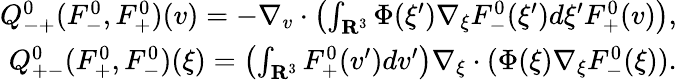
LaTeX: \begin{array}{r}{Q_{-+}^{0}(F_{-}^{0},F_{+}^{0})(v)=-\nabla_{v}\cdot\left(\int_{\mathbf R^{3}}\Phi(\xi^{\prime})\nabla_{\xi}F_{-}^{0}(\xi^{\prime})d\xi^{\prime}F_{+}^{0}(v)\right),}\\ {Q_{+-}^{0}(F_{+}^{0},F_{-}^{0})(\xi)=\left(\int_{\mathbf R^{3}}F_{+}^{0}(v^{\prime})dv^{\prime}\right)\nabla_{\xi}\cdot(\Phi(\xi)\nabla_{\xi}F_{-}^{0}(\xi)).}\end{array}